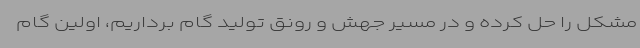
مشکل را حل کرده و در مسیر جهش و رونق تولید گام برداریم، اولین گام